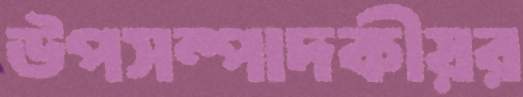
উপসম্পাদকীয়র